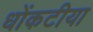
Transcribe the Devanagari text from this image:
धोंकटीया